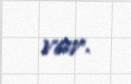
var.